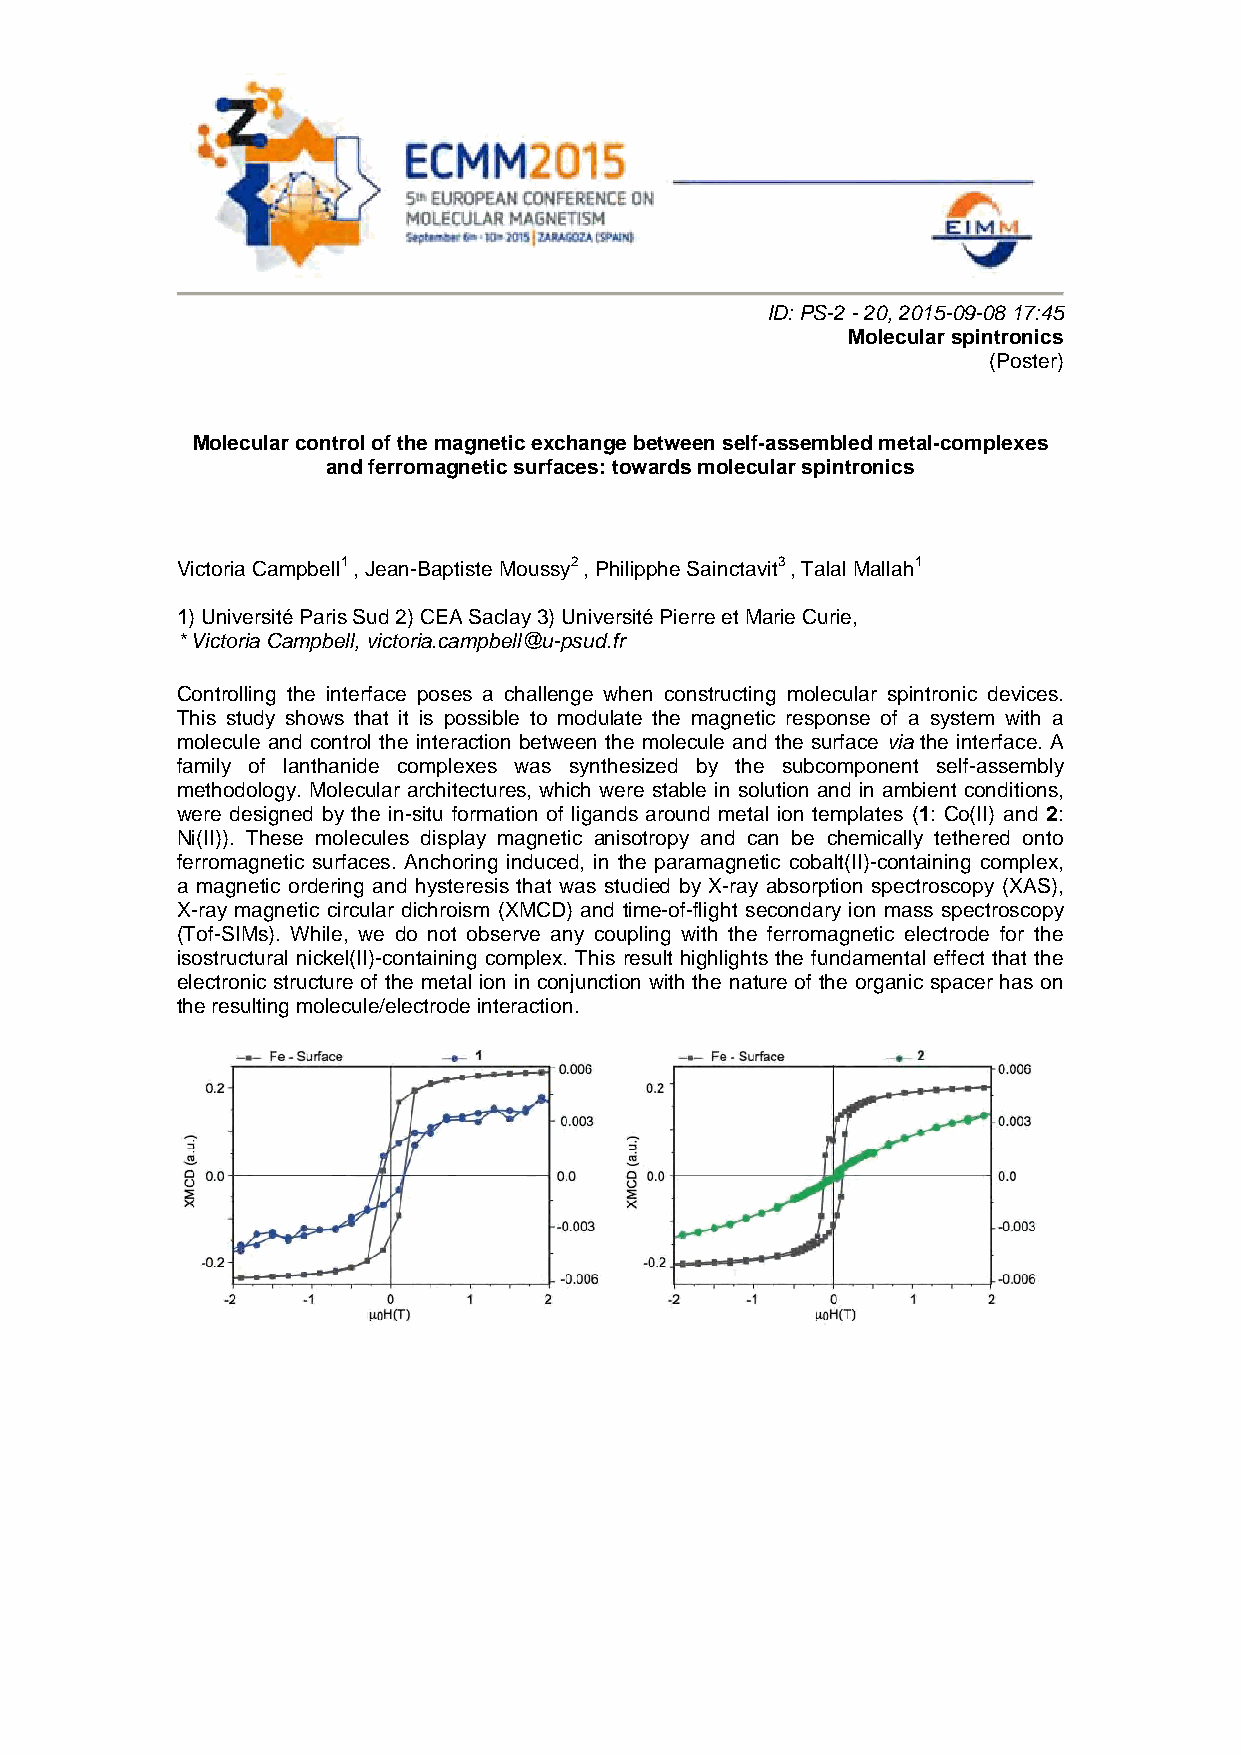
ID: PS-2 - 20, 2015-09-08 17:45
 Molecular spintronics
 (Poster)
 Molecular control of the magnetic exchange between self-assembled metal-complexes
 and ferromagnetic surfaces: towards molecular spintronics
 Victoria Campbell1 , Jean-Baptiste Moussy2 , Philipphe Sainctavit3 , Talal Mallah1
 1) Université Paris Sud 2) CEA Saclay 3) Université Pierre et Marie Curie,
 * Victoria Campbell, victoria.campbell@u-psud.fr
 Controlling the interface poses a challenge when constructing molecular spintronic devices.
 This study shows that it is possible to modulate the magnetic response of a system with a
 molecule and control the interaction between the molecule and the surface via the interface. A
 family of lanthanide complexes was synthesized by the subcomponent self-assembly
 methodology. Molecular architectures, which were stable in solution and in ambient conditions,
 were designed by the in-situ formation of ligands around metal ion templates (1: Co(II) and 2:
 Ni(II)). These molecules display magnetic anisotropy and can be chemically tethered onto
 ferromagnetic surfaces. Anchoring induced, in the paramagnetic cobalt(II)-containing complex,
 a magnetic ordering and hysteresis that was studied by X-ray absorption spectroscopy (XAS),
 X-ray magnetic circular dichroism (XMCD) and time-of-flight secondary ion mass spectroscopy
 (Tof-SIMs). While, we do not observe any coupling with the ferromagnetic electrode for the
 isostructural nickel(II)-containing complex. This result highlights the fundamental effect that the
 electronic structure of the metal ion in conjunction with the nature of the organic spacer has on
 the resulting molecule/electrode interaction.